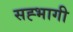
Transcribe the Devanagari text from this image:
सह्भागी